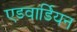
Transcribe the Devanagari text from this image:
एडवार्डियन